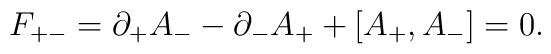
F_{+-} = \partial_+ A_- - \partial_- A_+ + [A_+, A_-] = 0.